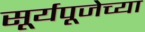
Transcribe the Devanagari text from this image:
सूर्यपूजेच्या